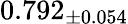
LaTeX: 0.792_{\pm 0.054}